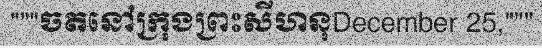
"""ចតនៅក្រុងព្រះសីហនុDecember 25,"""